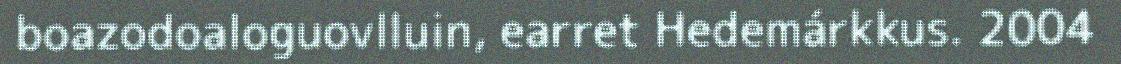
boazodoaloguovlluin, earret Hedemárkkus. 2004